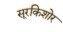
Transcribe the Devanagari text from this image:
सूरकिशोर